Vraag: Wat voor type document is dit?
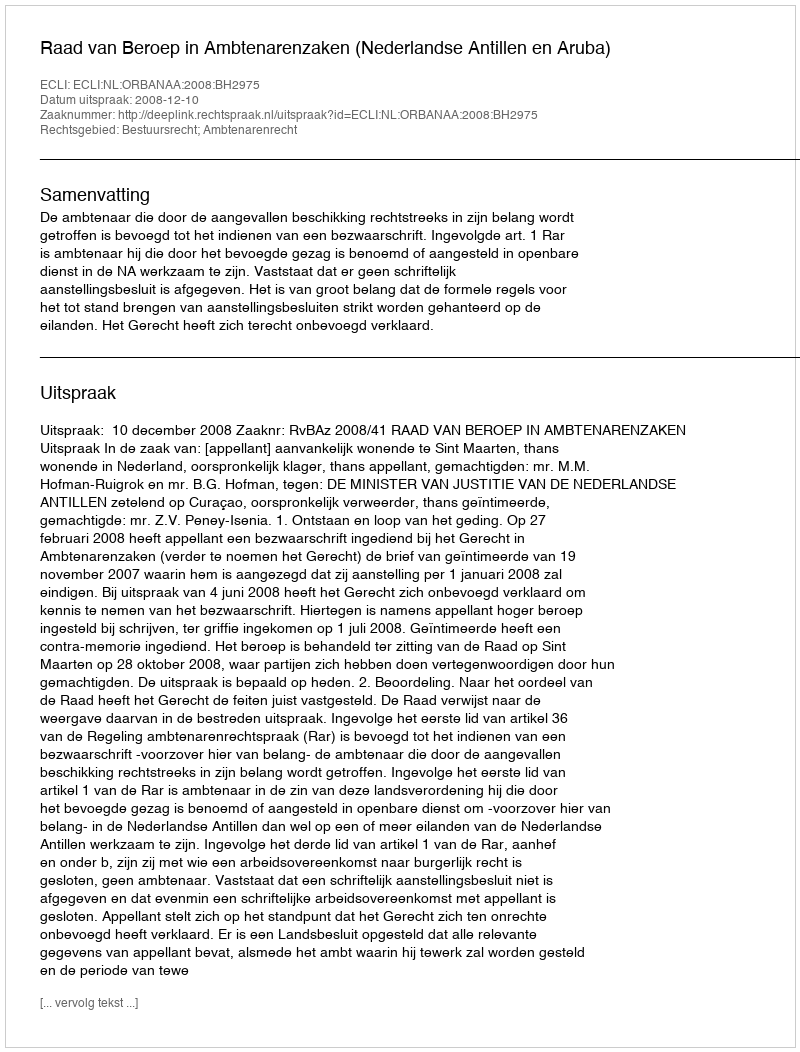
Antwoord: Uitspraak